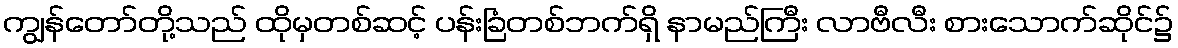
ကျွန်တော်တို့သည် ထိုမှတစ်ဆင့် ပန်းခြံတစ်ဘက်ရှိ နာမည်ကြီး လာဗီလီး စားသောက်ဆိုင်၌